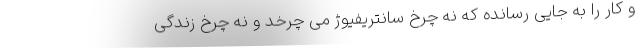
و کار را به جایی رسانده که نه چرخ سانتریفیوژ می چرخد و نه چرخ زندگی